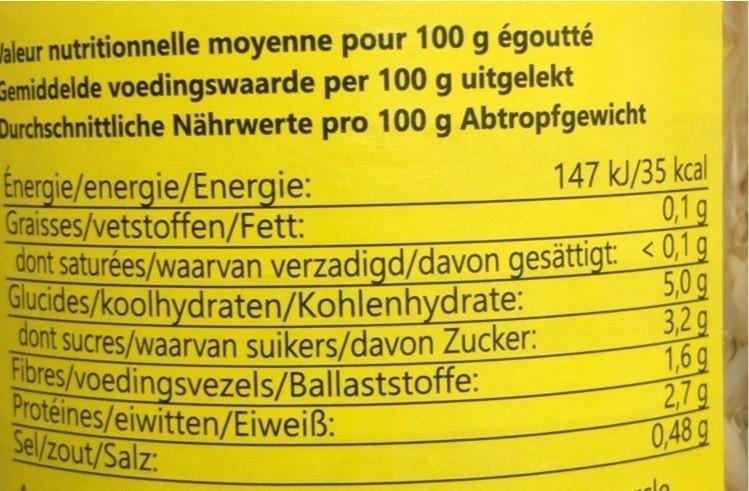
Waleur nutritionnelle moyenne pour 100 g égoutté Gemiddelde voedingswaarde per 100 g uitgelekt Durchschnittliche Nährwerte pro 100 g Abtropfgewicht 147 kJ/35 kcal 0,1g
Energie/energie/Energie: Graisses/vetstoffen/Fett: cont saturées/waarvan verzadigd/davon gesättigt: <0,9 Glucides/koolhydraten/Kohlenhydrate: gont sucres/waarvan suikers/davon Zucker: Filbres/voedingsvezels/Ballaststoffe: Protéines/eiwitten/Eiweiß: Sel/zout/Salz:
5,0g 3,2g 1,6g 2,7g 0,48 g
clo